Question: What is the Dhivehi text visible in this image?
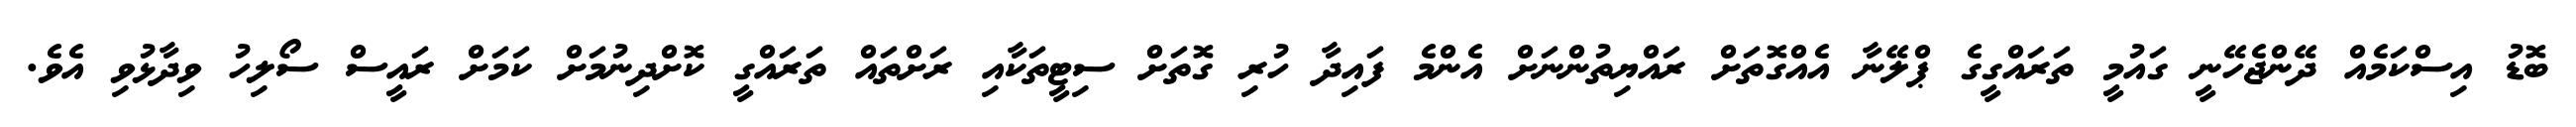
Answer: ބޮޑު އިސްކަމެއް ދޭންޖެހޭނީ ގައުމީ ތަރައްގީގެ ޕްލޭނާ އެއްގޮތަށް ރައްޔިތުންނަށް އެންމެ ފައިދާ ހުރި ގޮތަށް ސިޓީތަކާއި ރަށްތައް ތަރައްގީ ކޮށްދިނުމަށް ކަމަށް ރައީސް ސޯލިހު ވިދާޅުވި އެވެ.